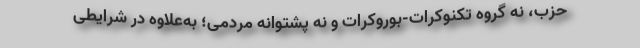
حزب، نه گروه تکنوکرات-بوروکرات و نه پشتوانه مردمی؛ به‌علاوه در شرایطی